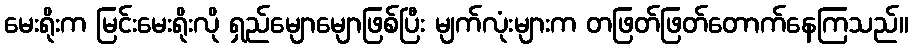
မေးရိုးက မြင်းမေးရိုးလို ရှည်မျောမျောဖြစ်ပြီး မျက်လုံးများက တဖြတ်ဖြတ်တောက်နေကြသည်။